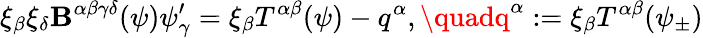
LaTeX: \xi_{\beta}\xi_{\delta}\mathbf{B}^{\alpha\beta\gamma\delta}(\psi)\psi_{\gamma}^{\prime}=\xi_{\beta}T^{\alpha\beta}(\psi)-q^{\alpha},\quadq^{\alpha}:=\xi_{\beta}T^{\alpha\beta}(\psi_{\pm})